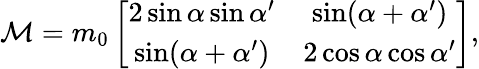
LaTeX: {\cal M}=m_{0}\left[\begin{array}{cc}{{2\sin\alpha\sin\alpha^{\prime}}}&{{\sin(\alpha+\alpha^{\prime})}}\\ {{\sin(\alpha+\alpha^{\prime})}}&{{2\cos\alpha\cos\alpha^{\prime}}}\end{array}\right],